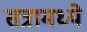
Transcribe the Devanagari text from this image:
सत्रामध्ये